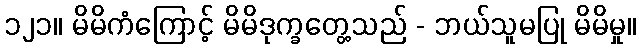
၁၂၁။ မိမိကံကြောင့် မိမိဒုက္ခတွေ့သည် - ဘယ်သူမပြု မိမိမှု။